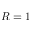
R = 1